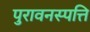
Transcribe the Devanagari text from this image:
पुरावनस्पत्ति